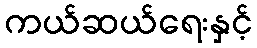
ကယ်ဆယ်ရေးနှင့်